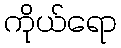
ကိုယ်ရော